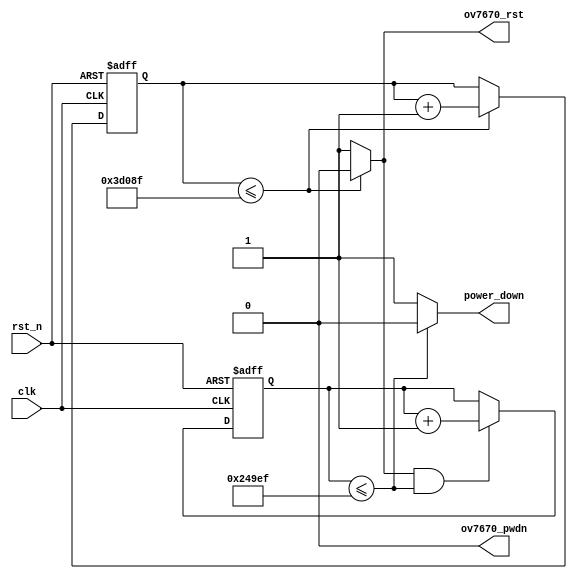
/*-----------------------------------------------------------------------

Date				:		2017-09-03
Description			:		Design for poweer init.

-----------------------------------------------------------------------*/

module power_ctrl
(
	//global clock
        input                   clk                     ,       
        input                   rst_n                   ,       
	
	//ov7670 interface
        output  wire            ov7670_rst              ,       
        output  wire            ov7670_pwdn             ,       
	
	//user	 interface
        output  wire            power_down                   
); 


//--------------------------------
//Funtion :    
parameter			DELAY_5MS		=		250_000		,
					DELAY_3MS		=		150_000		;

reg		[24:0]			cnt_5ms							;
reg		[24:0]			cnt_3ms							;
										

//--------------------------------
//Funtion :    delay 5ms

always @(posedge clk or negedge rst_n)
begin
	if(!rst_n)
		cnt_5ms <= 1'd0;
	else if(cnt_5ms <= DELAY_5MS - 1'b1)
		cnt_5ms <= cnt_5ms + 1'd1;
end

//--------------------------------
//Funtion :    delay 3ms

always @(posedge clk or negedge rst_n)
begin
	if(!rst_n)
		cnt_3ms <= 1'd0;
	else if(ov7670_rst && cnt_3ms <= DELAY_3MS - 1'b1)
		cnt_3ms <= cnt_3ms + 1'b1;
end

       
//--------------------------------
//Funtion :    ov7670

assign		ov7670_rst =	(cnt_5ms <= DELAY_5MS - 1'b1) ? 1'b0 : 1'b1;
assign		ov7670_pwdn	=	1'b0;
assign		power_down	=	(cnt_3ms <= DELAY_3MS - 1'b1) ? 1'b0 : 1'b1;





endmodule